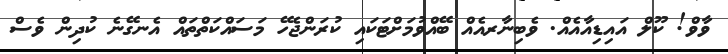
ވާވް! ކޫލް އައިޑިއާއެއް. ވެބިނާރއެއް ބޭއްވުމަށްޓަކައި ކުރަންޖެހޭ މަސައްކަތްތައް އެނގޭނެ ކުދިން ވެސް